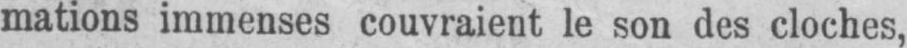
mations immenses couvraient le son des cloches,